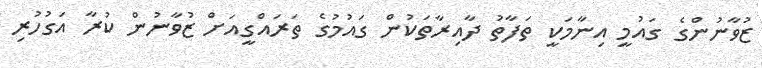
ޒުވާނުންގެ ގައުމީ އިނާމަކީ ތަފާތު ދާއިރާތަކުން ގައުމުގެ ތަރައްގީއަށް ޒުވާނުން ކުރާ އަގުހުރި